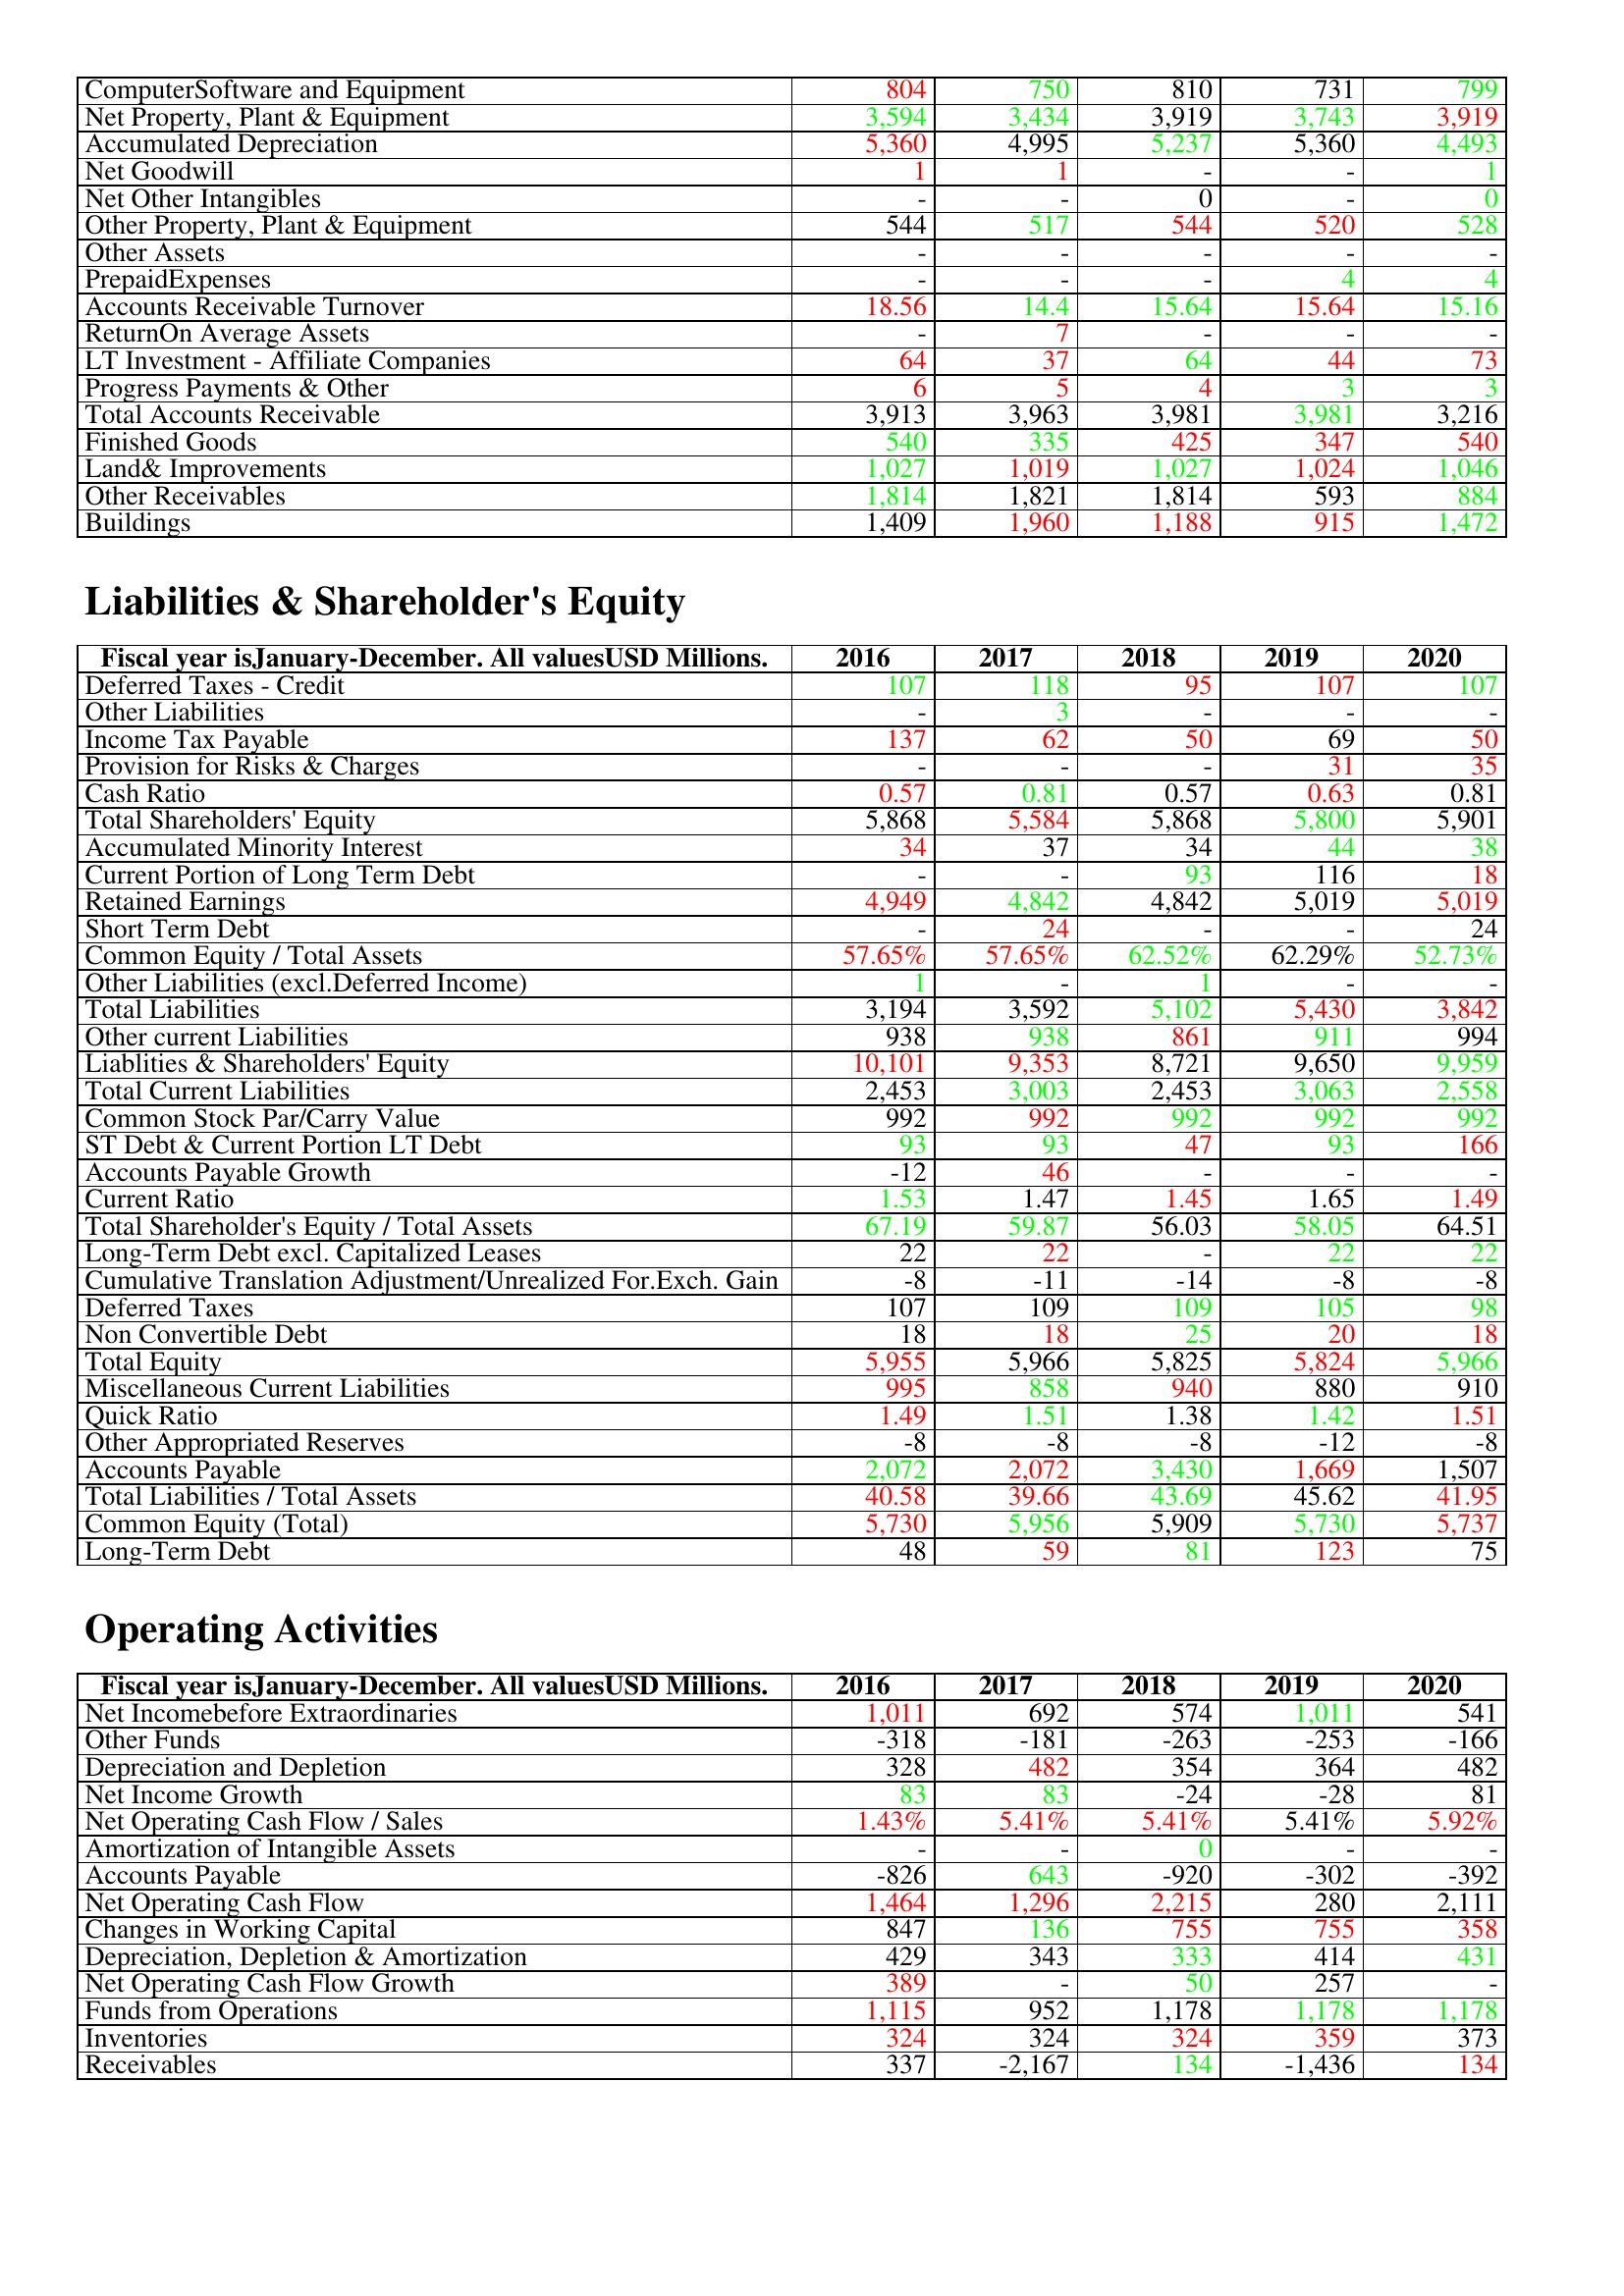
gt_parse: 2016: Assets: ComputerSoftware and Equipment: 804
Net Property, Plant & Equipment: 3,594
Accumulated Depreciation: 5,360
Net Goodwill: 1
Net Other Intangibles: -
Other Property, Plant & Equipment: 544
Other Assets: -
PrepaidExpenses: -
Accounts Receivable Turnover: 18.56
ReturnOn Average Assets: -
LT Investment - Affiliate Companies: 64
Progress Payments & Other: 6
Total Accounts Receivable: 3,913
Finished Goods: 540
Land& Improvements: 1,027
Other Receivables: 1,814
Buildings: 1,409
Liabilities & Shareholder's Equity: Deferred Taxes - Credit: 107
Other Liabilities: -
Income Tax Payable: 137
Provision for Risks & Charges: -
Cash Ratio: 0.57
Total Shareholders' Equity: 5,868
Accumulated Minority Interest: 34
Current Portion of Long Term Debt: -
Retained Earnings: 4,949
Short Term Debt: -
Common Equity / Total Assets: 57.65%
Other Liabilities (excl.Deferred Income): 1
Total Liabilities: 3,194
Other current Liabilities: 938
Liablities & Shareholders' Equity: 10,101
Total Current Liabilities: 2,453
Common Stock Par/Carry Value: 992
ST Debt & Current Portion LT Debt: 93
Accounts Payable Growth: -12
Current Ratio: 1.53
Total Shareholder's Equity / Total Assets: 67.19
Long-Term Debt excl. Capitalized Leases: 22
Cumulative Translation Adjustment/Unrealized For.Exch. Gain: -8
Deferred Taxes: 107
Non Convertible Debt: 18
Total Equity: 5,955
Miscellaneous Current Liabilities: 995
Quick Ratio: 1.49
Other Appropriated Reserves: -8
Accounts Payable: 2,072
Total Liabilities / Total Assets: 40.58
Common Equity (Total): 5,730
Long-Term Debt: 48
Operating Activities: Net Incomebefore Extraordinaries: 1,011
Other Funds: -318
Depreciation and Depletion: 328
Net Income Growth: 83
Net Operating Cash Flow / Sales: 1.43%
Amortization of Intangible Assets: -
Accounts Payable: -826
Net Operating Cash Flow: 1,464
Changes in Working Capital: 847
Depreciation, Depletion & Amortization: 429
Net Operating Cash Flow Growth: 389
Funds from Operations: 1,115
Inventories: 324
Receivables: 337
2017: Assets: ComputerSoftware and Equipment: 750
Net Property, Plant & Equipment: 3,434
Accumulated Depreciation: 4,995
Net Goodwill: 1
Net Other Intangibles: -
Other Property, Plant & Equipment: 517
Other Assets: -
PrepaidExpenses: -
Accounts Receivable Turnover: 14.4
ReturnOn Average Assets: 7
LT Investment - Affiliate Companies: 37
Progress Payments & Other: 5
Total Accounts Receivable: 3,963
Finished Goods: 335
Land& Improvements: 1,019
Other Receivables: 1,821
Buildings: 1,960
Liabilities & Shareholder's Equity: Deferred Taxes - Credit: 118
Other Liabilities: 3
Income Tax Payable: 62
Provision for Risks & Charges: -
Cash Ratio: 0.81
Total Shareholders' Equity: 5,584
Accumulated Minority Interest: 37
Current Portion of Long Term Debt: -
Retained Earnings: 4,842
Short Term Debt: 24
Common Equity / Total Assets: 57.65%
Other Liabilities (excl.Deferred Income): -
Total Liabilities: 3,592
Other current Liabilities: 938
Liablities & Shareholders' Equity: 9,353
Total Current Liabilities: 3,003
Common Stock Par/Carry Value: 992
ST Debt & Current Portion LT Debt: 93
Accounts Payable Growth: 46
Current Ratio: 1.47
Total Shareholder's Equity / Total Assets: 59.87
Long-Term Debt excl. Capitalized Leases: 22
Cumulative Translation Adjustment/Unrealized For.Exch. Gain: -11
Deferred Taxes: 109
Non Convertible Debt: 18
Total Equity: 5,966
Miscellaneous Current Liabilities: 858
Quick Ratio: 1.51
Other Appropriated Reserves: -8
Accounts Payable: 2,072
Total Liabilities / Total Assets: 39.66
Common Equity (Total): 5,956
Long-Term Debt: 59
Operating Activities: Net Incomebefore Extraordinaries: 692
Other Funds: -181
Depreciation and Depletion: 482
Net Income Growth: 83
Net Operating Cash Flow / Sales: 5.41%
Amortization of Intangible Assets: -
Accounts Payable: 643
Net Operating Cash Flow: 1,296
Changes in Working Capital: 136
Depreciation, Depletion & Amortization: 343
Net Operating Cash Flow Growth: -
Funds from Operations: 952
Inventories: 324
Receivables: -2,167
2018: Assets: ComputerSoftware and Equipment: 810
Net Property, Plant & Equipment: 3,919
Accumulated Depreciation: 5,237
Net Goodwill: -
Net Other Intangibles: 0
Other Property, Plant & Equipment: 544
Other Assets: -
PrepaidExpenses: -
Accounts Receivable Turnover: 15.64
ReturnOn Average Assets: -
LT Investment - Affiliate Companies: 64
Progress Payments & Other: 4
Total Accounts Receivable: 3,981
Finished Goods: 425
Land& Improvements: 1,027
Other Receivables: 1,814
Buildings: 1,188
Liabilities & Shareholder's Equity: Deferred Taxes - Credit: 95
Other Liabilities: -
Income Tax Payable: 50
Provision for Risks & Charges: -
Cash Ratio: 0.57
Total Shareholders' Equity: 5,868
Accumulated Minority Interest: 34
Current Portion of Long Term Debt: 93
Retained Earnings: 4,842
Short Term Debt: -
Common Equity / Total Assets: 62.52%
Other Liabilities (excl.Deferred Income): 1
Total Liabilities: 5,102
Other current Liabilities: 861
Liablities & Shareholders' Equity: 8,721
Total Current Liabilities: 2,453
Common Stock Par/Carry Value: 992
ST Debt & Current Portion LT Debt: 47
Accounts Payable Growth: -
Current Ratio: 1.45
Total Shareholder's Equity / Total Assets: 56.03
Long-Term Debt excl. Capitalized Leases: -
Cumulative Translation Adjustment/Unrealized For.Exch. Gain: -14
Deferred Taxes: 109
Non Convertible Debt: 25
Total Equity: 5,825
Miscellaneous Current Liabilities: 940
Quick Ratio: 1.38
Other Appropriated Reserves: -8
Accounts Payable: 3,430
Total Liabilities / Total Assets: 43.69
Common Equity (Total): 5,909
Long-Term Debt: 81
Operating Activities: Net Incomebefore Extraordinaries: 574
Other Funds: -263
Depreciation and Depletion: 354
Net Income Growth: -24
Net Operating Cash Flow / Sales: 5.41%
Amortization of Intangible Assets: 0
Accounts Payable: -920
Net Operating Cash Flow: 2,215
Changes in Working Capital: 755
Depreciation, Depletion & Amortization: 333
Net Operating Cash Flow Growth: 50
Funds from Operations: 1,178
Inventories: 324
Receivables: 134
2019: Assets: ComputerSoftware and Equipment: 731
Net Property, Plant & Equipment: 3,743
Accumulated Depreciation: 5,360
Net Goodwill: -
Net Other Intangibles: -
Other Property, Plant & Equipment: 520
Other Assets: -
PrepaidExpenses: 4
Accounts Receivable Turnover: 15.64
ReturnOn Average Assets: -
LT Investment - Affiliate Companies: 44
Progress Payments & Other: 3
Total Accounts Receivable: 3,981
Finished Goods: 347
Land& Improvements: 1,024
Other Receivables: 593
Buildings: 915
Liabilities & Shareholder's Equity: Deferred Taxes - Credit: 107
Other Liabilities: -
Income Tax Payable: 69
Provision for Risks & Charges: 31
Cash Ratio: 0.63
Total Shareholders' Equity: 5,800
Accumulated Minority Interest: 44
Current Portion of Long Term Debt: 116
Retained Earnings: 5,019
Short Term Debt: -
Common Equity / Total Assets: 62.29%
Other Liabilities (excl.Deferred Income): -
Total Liabilities: 5,430
Other current Liabilities: 911
Liablities & Shareholders' Equity: 9,650
Total Current Liabilities: 3,063
Common Stock Par/Carry Value: 992
ST Debt & Current Portion LT Debt: 93
Accounts Payable Growth: -
Current Ratio: 1.65
Total Shareholder's Equity / Total Assets: 58.05
Long-Term Debt excl. Capitalized Leases: 22
Cumulative Translation Adjustment/Unrealized For.Exch. Gain: -8
Deferred Taxes: 105
Non Convertible Debt: 20
Total Equity: 5,824
Miscellaneous Current Liabilities: 880
Quick Ratio: 1.42
Other Appropriated Reserves: -12
Accounts Payable: 1,669
Total Liabilities / Total Assets: 45.62
Common Equity (Total): 5,730
Long-Term Debt: 123
Operating Activities: Net Incomebefore Extraordinaries: 1,011
Other Funds: -253
Depreciation and Depletion: 364
Net Income Growth: -28
Net Operating Cash Flow / Sales: 5.41%
Amortization of Intangible Assets: -
Accounts Payable: -302
Net Operating Cash Flow: 280
Changes in Working Capital: 755
Depreciation, Depletion & Amortization: 414
Net Operating Cash Flow Growth: 257
Funds from Operations: 1,178
Inventories: 359
Receivables: -1,436
2020: Assets: ComputerSoftware and Equipment: 799
Net Property, Plant & Equipment: 3,919
Accumulated Depreciation: 4,493
Net Goodwill: 1
Net Other Intangibles: 0
Other Property, Plant & Equipment: 528
Other Assets: -
PrepaidExpenses: 4
Accounts Receivable Turnover: 15.16
ReturnOn Average Assets: -
LT Investment - Affiliate Companies: 73
Progress Payments & Other: 3
Total Accounts Receivable: 3,216
Finished Goods: 540
Land& Improvements: 1,046
Other Receivables: 884
Buildings: 1,472
Liabilities & Shareholder's Equity: Deferred Taxes - Credit: 107
Other Liabilities: -
Income Tax Payable: 50
Provision for Risks & Charges: 35
Cash Ratio: 0.81
Total Shareholders' Equity: 5,901
Accumulated Minority Interest: 38
Current Portion of Long Term Debt: 18
Retained Earnings: 5,019
Short Term Debt: 24
Common Equity / Total Assets: 52.73%
Other Liabilities (excl.Deferred Income): -
Total Liabilities: 3,842
Other current Liabilities: 994
Liablities & Shareholders' Equity: 9,959
Total Current Liabilities: 2,558
Common Stock Par/Carry Value: 992
ST Debt & Current Portion LT Debt: 166
Accounts Payable Growth: -
Current Ratio: 1.49
Total Shareholder's Equity / Total Assets: 64.51
Long-Term Debt excl. Capitalized Leases: 22
Cumulative Translation Adjustment/Unrealized For.Exch. Gain: -8
Deferred Taxes: 98
Non Convertible Debt: 18
Total Equity: 5,966
Miscellaneous Current Liabilities: 910
Quick Ratio: 1.51
Other Appropriated Reserves: -8
Accounts Payable: 1,507
Total Liabilities / Total Assets: 41.95
Common Equity (Total): 5,737
Long-Term Debt: 75
Operating Activities: Net Incomebefore Extraordinaries: 541
Other Funds: -166
Depreciation and Depletion: 482
Net Income Growth: 81
Net Operating Cash Flow / Sales: 5.92%
Amortization of Intangible Assets: -
Accounts Payable: -392
Net Operating Cash Flow: 2,111
Changes in Working Capital: 358
Depreciation, Depletion & Amortization: 431
Net Operating Cash Flow Growth: -
Funds from Operations: 1,178
Inventories: 373
Receivables: 134